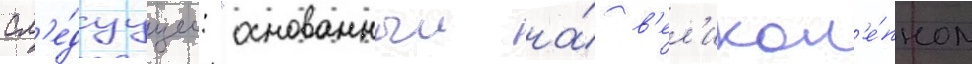
сл'е́дуущее: "основанныи на́ в'ел'икол'е́пном